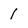
Character: 1